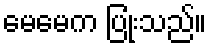
မေမေက ပြုံးသည်။